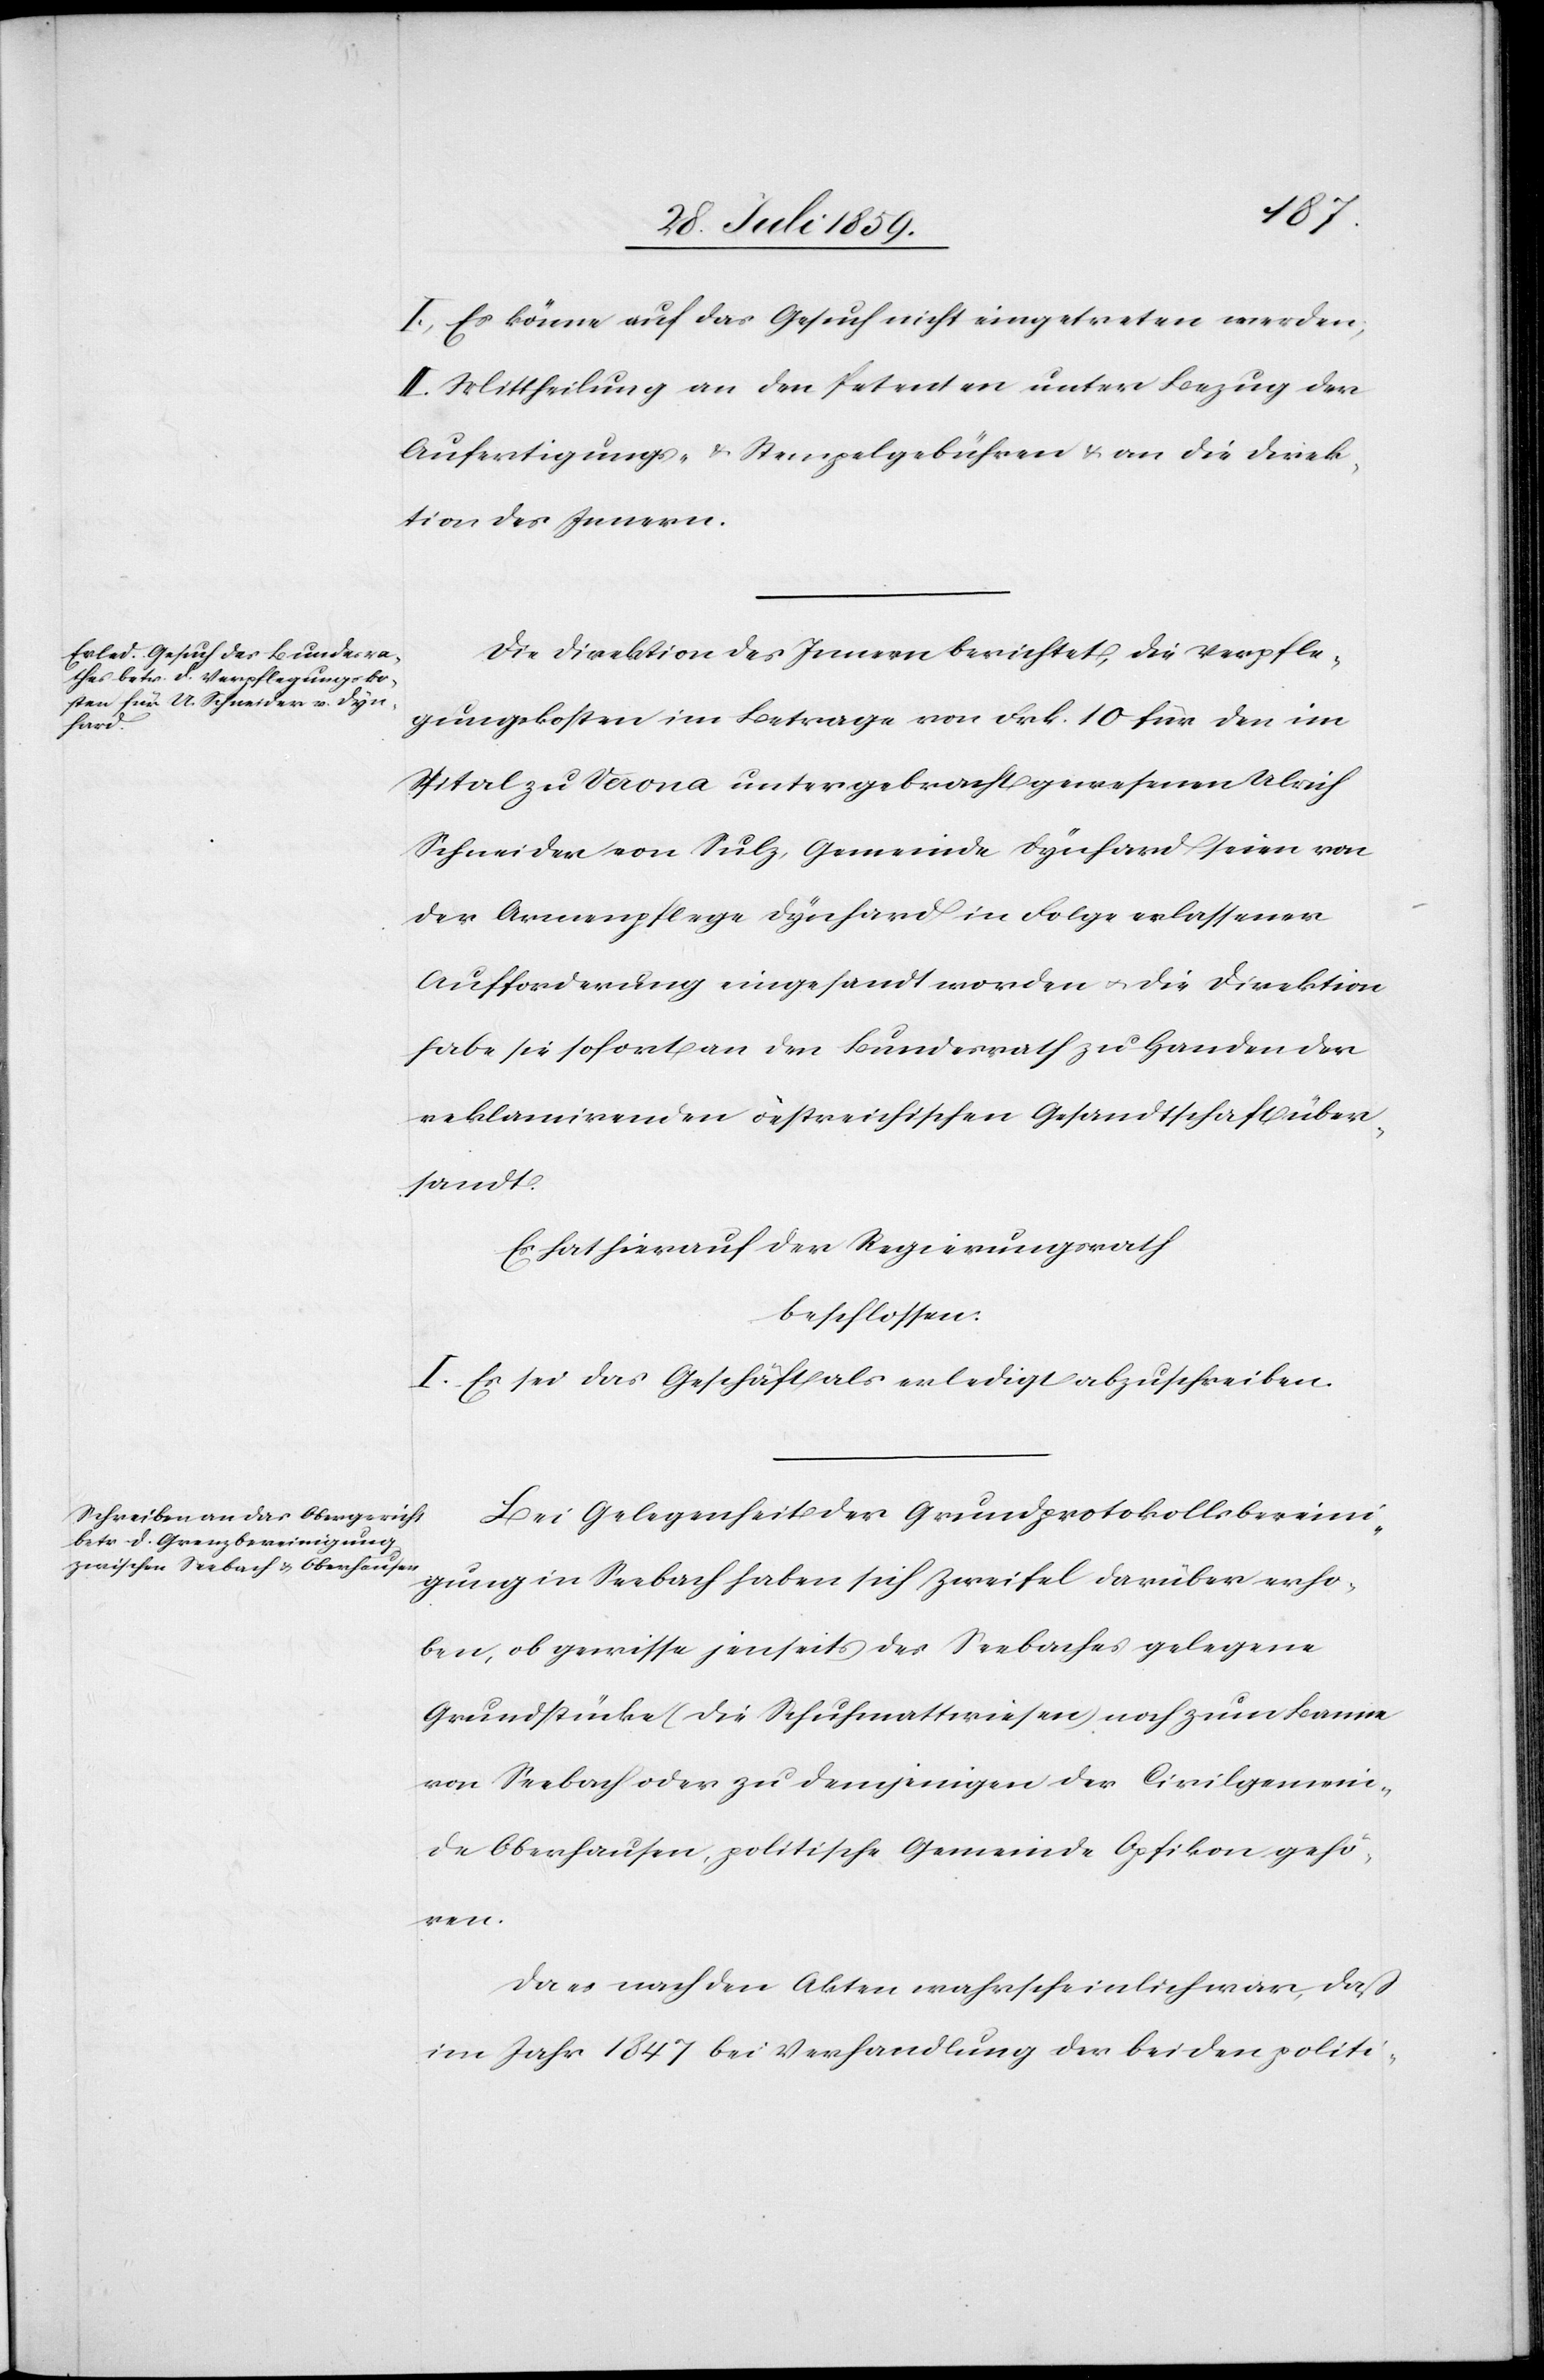
I. Es könne auf das Gesuch nicht eingetreten werden,
II. Mittheilung an den Petenten unter Bezug der
Aufertigungs- [sic!] u. Stempelgebühren u. an die Direk¬
tion des Innern.
Die Direktion des Innern berichtet, die Verpfle¬
gungskosten im Betrage von Frk. 10 für den im
Spital zu Verona untergebracht gewesenen Ulrich
Schneider von Sulz, Gemeinde Dynhard seien von
der Armenpflege Dynhard in Folge erlassener
Aufforderung eingesandt worden u. die Direktion
habe sie sofort an den Bundesrath zu Handen der
reklamirenden öestreichischen [sic!] Gesandtschaft über¬
sandt.
Es hat hierauf der Regierungsrath
beschlossen:
I. Es sei das Geschäft als erledigt abzuschreiben.
Bei Gelegenheit der Grundprotokollsbereini¬
gung in Seebach haben sich Zweifel darüber erho¬
ben, ob gewisse jenseits des Seebaches gelegene
Grundstücke (die Schuhmattwiesen) noch zum Banne
von Seebach oder zu denjenigen der Civilgemein¬
de Oberhausen, politische Gemeinde Opfikon gehö¬
ren.
Da es nach den Akten wahrscheinlich war, daß
im Jahr 1847 bei Verhandlung der beiden politi-